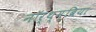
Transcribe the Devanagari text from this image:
नॉर्थ्म्ब्रिया